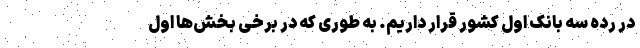
در رده سه بانک اول کشور قرار داریم. به طوری که در برخی بخش‌ها اول